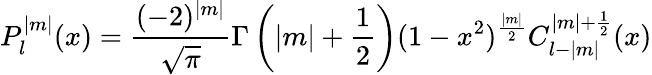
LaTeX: P_{l}^{|m|}(x)=\frac{(-2)^{|m|}}{\sqrt{\pi}}\Gamma\left(|m|+\frac{1}{2}\right)(1-x^{2})^{\frac{|m|}{2}}C_{l-|m|}^{|m|+\frac{1}{2}}(x)